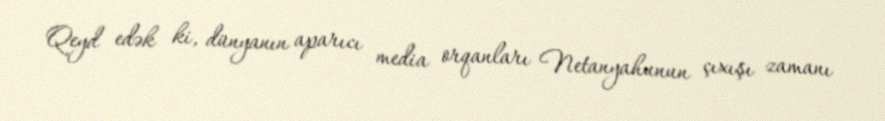
Qeyd edək ki, dünyanın aparıcı media orqanları Netanyahunun çıxışı zamanı